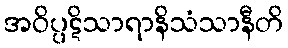
အဝိပ္ပဋိသာရာနိသံသာနီတိ